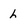
Character: L